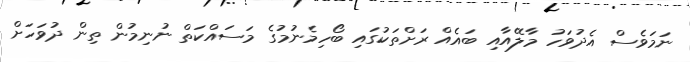
ނަމަވެސް އެދުވަހު މާލޭއާއި ބައެއް ރަށްތަކުގައި ބޯހިމެނުމުގެ މަސައްކަތް ނުނިމުން ތިން ދުވަހަށް